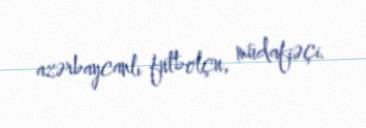
azərbaycanlı futbolçu, müdafiəçi.